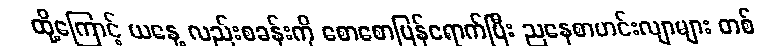
ထို့ကြောင့် ယနေ့ လည်းစခန်းကို စောစောပြန်ရောက်ပြီး ညနေစာဟင်းလျာများ တစ်